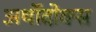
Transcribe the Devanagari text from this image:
अर्थोदोक्स